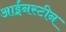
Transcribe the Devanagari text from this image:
आईनस्टीन